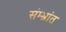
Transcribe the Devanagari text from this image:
संम्भ्रांत